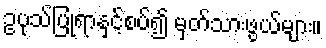
ဥပုသ်ပြုရာနှင့်စပ်၍ မှတ်သားဖွယ်များ။